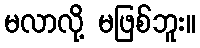
မလာလို့ မဖြစ်ဘူး။